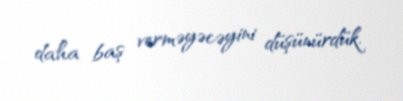
daha baş verməyəcəyini düşünürdük.